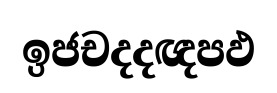
ඉජචදදඥපඵ